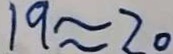
1 9 \approx 2 0